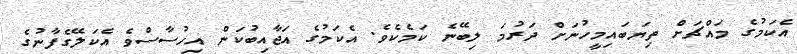
އެކަމުގެ މައްޗަށް ތިޔަބައިމީހުނަށް ދަރުމަ ލިބޭނެ ކަމެކެވެ. އެކަމުގެ އަޖާއިބުކަން އިހުސާސްވެ އެކަލޭގެފާނުގެ